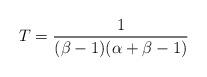
LaTeX: \begin{align*}T=\frac{1}{(\beta-1)(\alpha+\beta-1)}\end{align*}